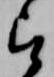
被